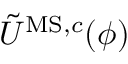
\tilde { U } ^ { \mathrm { M S , } c } ( \phi )